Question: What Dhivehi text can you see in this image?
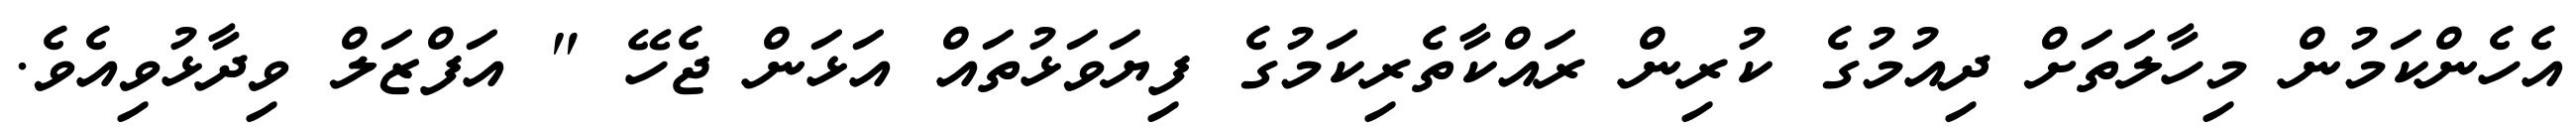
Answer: އެހެންކަމުން މިހާލަތަށް ދިއުމުގެ ކުރިން ރައްކާތެރިކަމުގެ ފިޔަވަޅުތައް އަޅަން ޖެހޭ " އަފްޒަލް ވިދާޅުވިއެވެ.